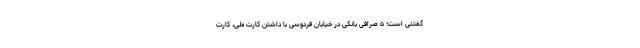
گفتنی است؛ ۵ صرافی بانکی در خیابان فردوسی با داشتن کارت ملی، کارت